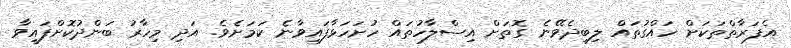
އެފަރާތްތަކަށް ހައްގުތައް ލިބިދެވޭނެ ގޮތަށް އިސްލާހުތައް ހުށަހަޅާފައިވާނެ ކަމަށެވެ. އަދި މިހާރު ބަންދުކޮށްފައިވާ